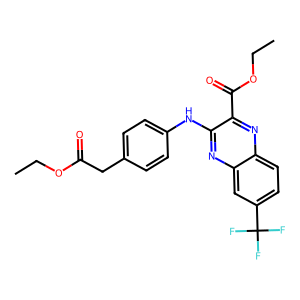
SMILES: CCOC(=O)Cc1ccc(Nc2nc3cc(C(F)(F)F)ccc3nc2C(=O)OCC)cc1
Inhibits HIV replication: No